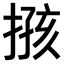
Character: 𢱙